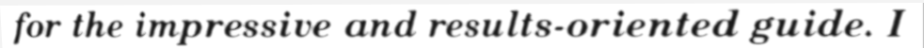
for the impressive and results-oriented guide. I